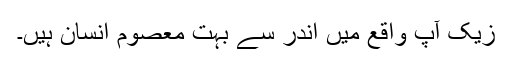
زیک آپ واقع میں اندر سے بہت معصوم انسان ہیں۔